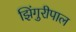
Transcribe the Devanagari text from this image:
झिंगुरीपाल